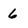
Character: 6